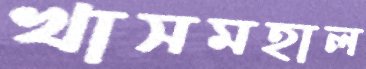
খাসমহাল